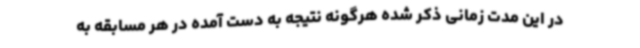
در این مدت زمانی ذکر شده هرگونه نتیجه به دست آمده در هر مسابقه به